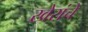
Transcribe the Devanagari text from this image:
खेरांचे